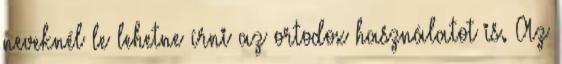
neveknél le lehetne írni az ortodox használatot is. Az